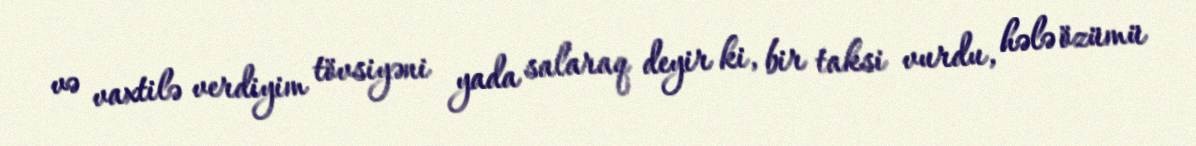
və vaxtilə verdiyim tövsiyəni yada salaraq deyir ki, bir taksi vurdu, hələ özümü